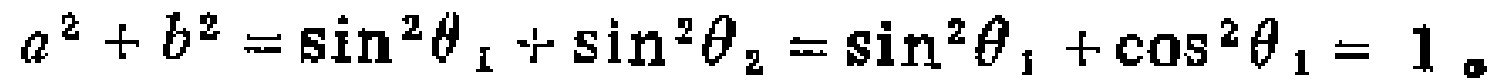
\[

a^{2}+b^{2}=\sin^{2}\theta_{1}+\sin^{2}\theta_{2}=\sin^{2}\theta_{1}+\cos^{2}\theta_{1}=1。

\]